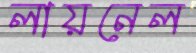
লায়নেল